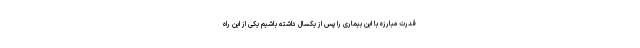
قدرت مبارزه با این بیماری را پس از یکسال داشته باشیم یکی از این راه